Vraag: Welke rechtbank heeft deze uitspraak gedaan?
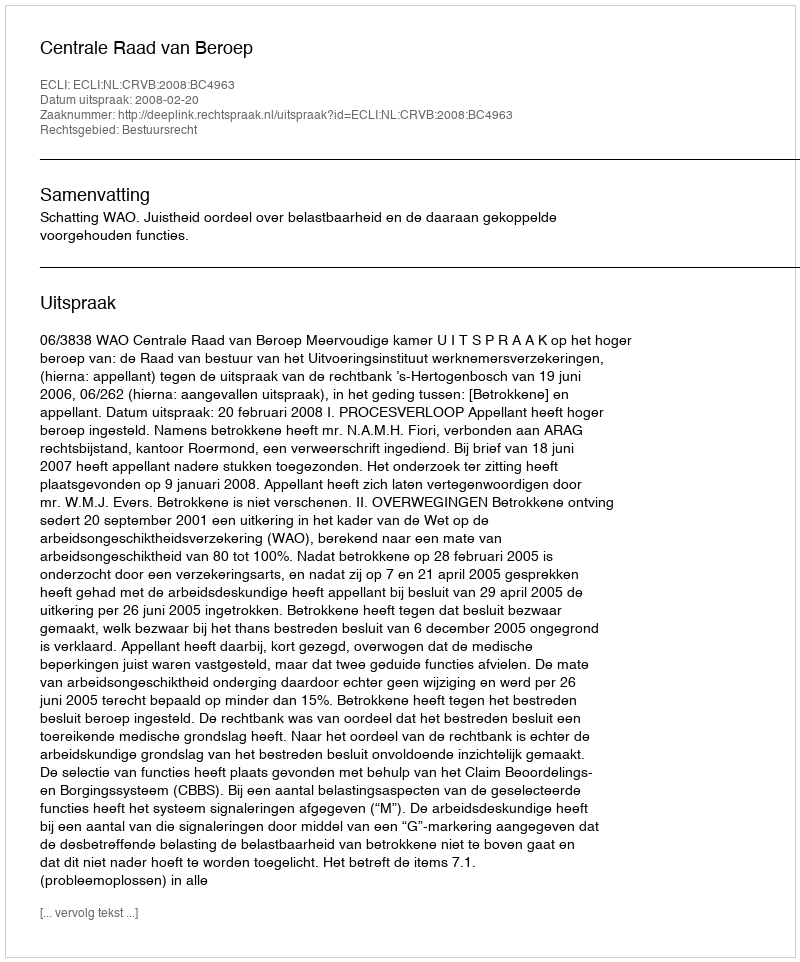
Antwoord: Centrale Raad van Beroep